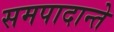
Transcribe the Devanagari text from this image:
समपादान्ते